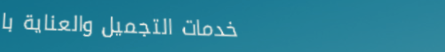
خدمات التجميل والعناية با